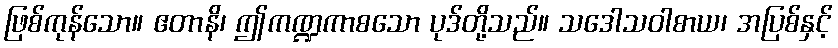
ဖြစ်ကုန်သော။ ဧတာနိ၊ ဤကဏ္ဍကာစသော ပုဒ်တို့သည်။ သဒေါသဝါစာယ၊ အပြစ်နှင့်